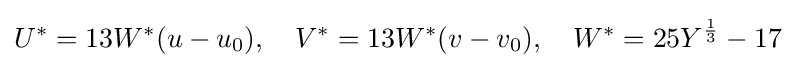
U^{*}=13W^{*}(u-u_{0}),\quad V^{*}=13W^{*}(v-v_{0}),\quad W^{*}=25Y^{\frac {1}{3}}-17